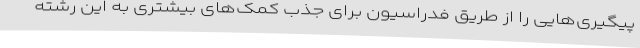
پیگیری‌هایی را از طریق فدراسیون برای جذب کمک‌های بیشتری به این رشته